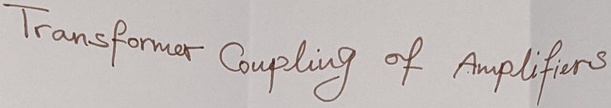
Text: Transformer Coupling of Amplifiers